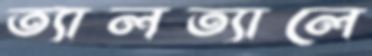
ত্যালত্যালে